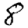
Digit: 8